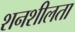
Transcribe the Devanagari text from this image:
शनशीलता